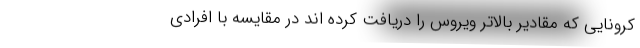
کرونایی که مقادیر بالاتر ویروس را دریافت کرده اند در مقایسه با افرادی